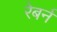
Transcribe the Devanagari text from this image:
रेबर्न